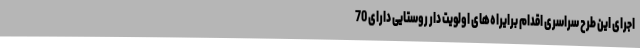
اجرای این طرح سراسری اقدام برایراه‌های اولویت دار روستایی دارای 70